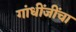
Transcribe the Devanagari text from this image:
गांधींजींचा